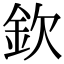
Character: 欽